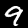
Label: 9